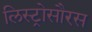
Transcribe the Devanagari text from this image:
लिस्ट्रोसौरस